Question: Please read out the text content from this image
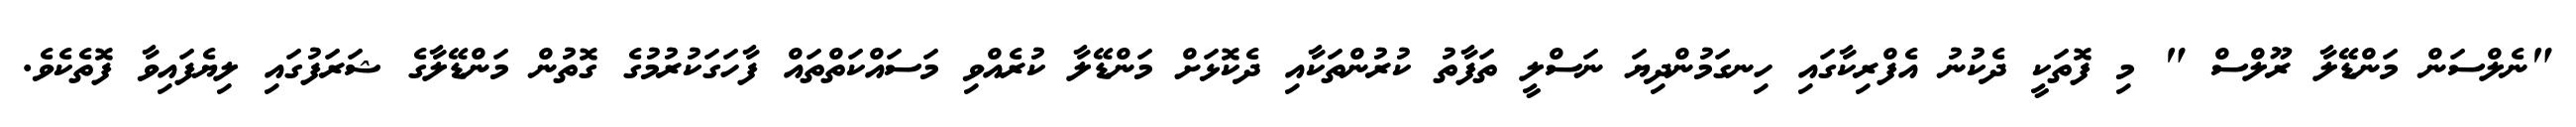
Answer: "ނެލްސަން މަންޑޭލާ ރޫލްސް " މި ފޮތަކީ ދެކުނު އެފްރިކާގައި ހިނގަމުންދިޔަ ނަސްލީ ތަފާތު ކުރުންތަކާއި ދެކޮޅަށް މަންޑޭލާ ކުރެއްވި މަސައްކަތްތައް ފާހަގަކުރުމުގެ ގޮތުން މަންޑޭލާގެ ޝަރަފުގައި ލިޔެފައިވާ ފޮތެކެވެ.